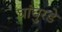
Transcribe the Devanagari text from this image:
घांघुरडे